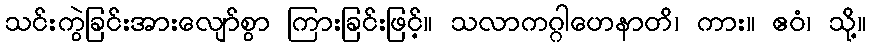
သင်းကွဲခြင်းအားလျော်စွာ ကြားခြင်းဖြင့်။ သလာကဂ္ဂါဟေနာတိ၊ ကား။ ဧဝံ၊ သို့။